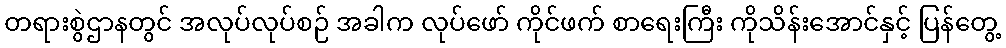
တရားစွဲဌာနတွင် အလုပ်လုပ်စဉ် အခါက လုပ်ဖော် ကိုင်ဖက် စာရေးကြီး ကိုသိန်းအောင်နှင့် ပြန်တွေ့